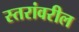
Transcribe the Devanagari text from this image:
स्‍तरांवरील